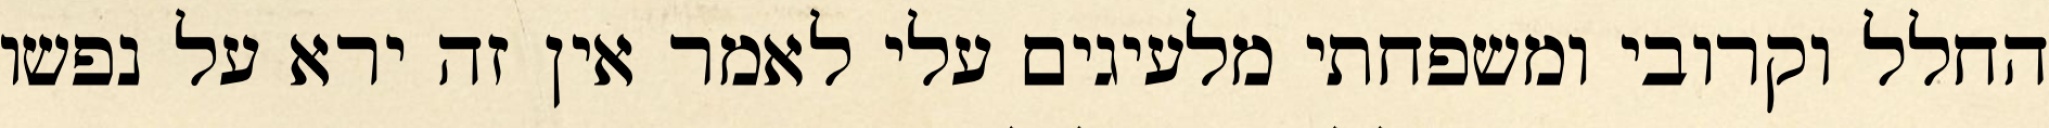
החלל וקרובי ומשפחתי מלעיגים עלי לאמר אין זה ירא על נפשו